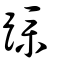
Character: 蹼